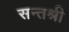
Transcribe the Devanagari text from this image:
सन्तश्री